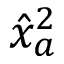
\hat { x } _ { a } ^ { 2 }